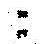
: